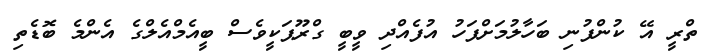
ތްރީ އޭ ކުންފުނި ބަހާލުމަށްފަހު އުފެއްދި ވީބީ ގްރޫޕަކީވެސް ބީއެމްއެލްގެ އެންމެ ބޮޑެތި